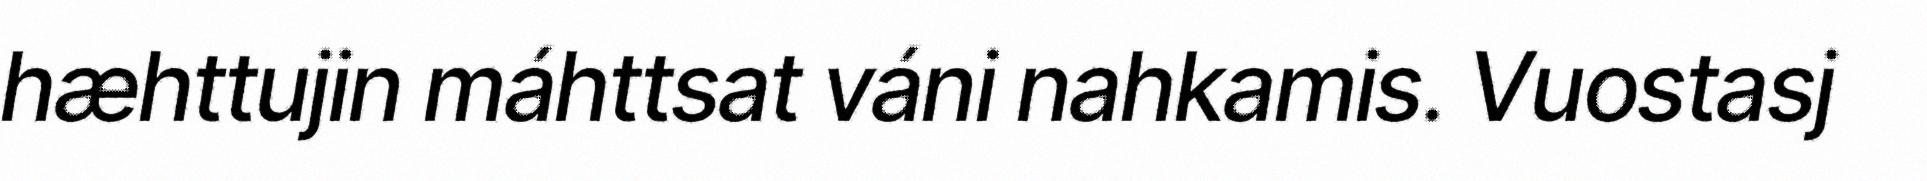
hæhttujin máhttsat váni nahkamis. Vuostasj